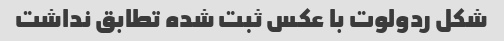
شکل ردولوت با عکس ثبت شده تطابق نداشت